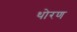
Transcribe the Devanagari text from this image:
थोरण